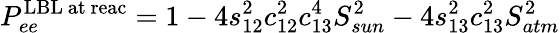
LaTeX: P_{ee}^{\mathrm{LBL~at~reac}}=1-4s_{12}^{2}c_{12}^{2}c_{13}^{4}S_{sun}^{2}-4s_{13}^{2}c_{13}^{2}S_{atm}^{2}